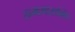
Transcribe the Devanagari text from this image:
तन्मयासक्ति